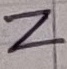
Text: Z